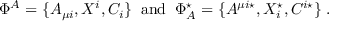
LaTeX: \Phi ^ { A } = \{ A _ { \mu i } , X ^ { i } , C _ { i } \} \; \; \mathrm { a n d } \; \; \Phi _ { A } ^ { \star } = \{ A ^ { \mu i \star } , X _ { i } ^ { \star } , C ^ { i \star } \} \; .